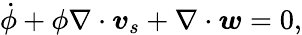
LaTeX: \dot{\phi}+\phi\nabla\cdot\boldsymbol{v}_{s}+\nabla\cdot\boldsymbol{w}=0,